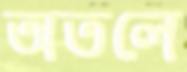
অতলে